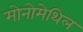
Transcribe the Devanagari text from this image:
मोनोमेथिल